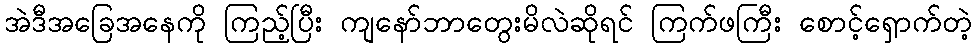
အဲဒီအခြေအနေကို ကြည့်ပြီး ကျနော်ဘာတွေးမိလဲဆိုရင် ကြက်ဖကြီး စောင့်ရှောက်တဲ့